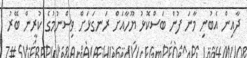
ދާއިން އެބުނި މާނަ ފުން ބަސްކޮޅު ޔޫހާއަށް ރަނގަޅަށް ވިސްނުމުގެ ކުރީން ބޭރު